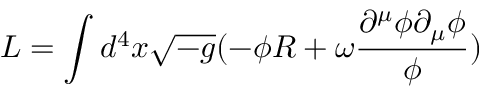
L = \int { d ^ { 4 } x \sqrt { - g } ( - { \phi } R + { \omega } \frac { { \partial } ^ { \mu } { \phi } { \partial } _ { \mu } { \phi } } { \phi } ) }